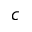
c